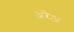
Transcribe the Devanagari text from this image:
अरेअ